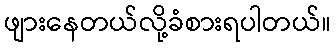
ဖျားနေတယ်လို့ခံစားရပါတယ်။